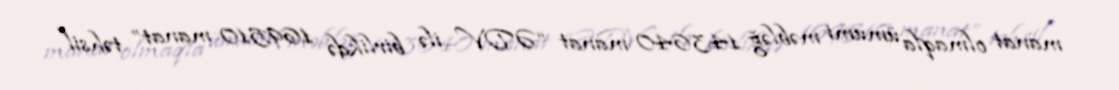
manat olmaqla ümumi məbləğ 143640 manat “ƏDV ilə birlikdə 169510 manat” təhsil